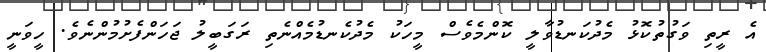
އެ ރީތި ވަގުތުކޮޅު މެދުކަނޑުވާލީ ކޮންމެވެސް މީހަކު މެދުކެނޑުމެއްނެތި ރަގަބީލު ޖަހަންފެށުމުންނެވެ. ހީވަނީ